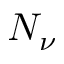
N _ { \nu }